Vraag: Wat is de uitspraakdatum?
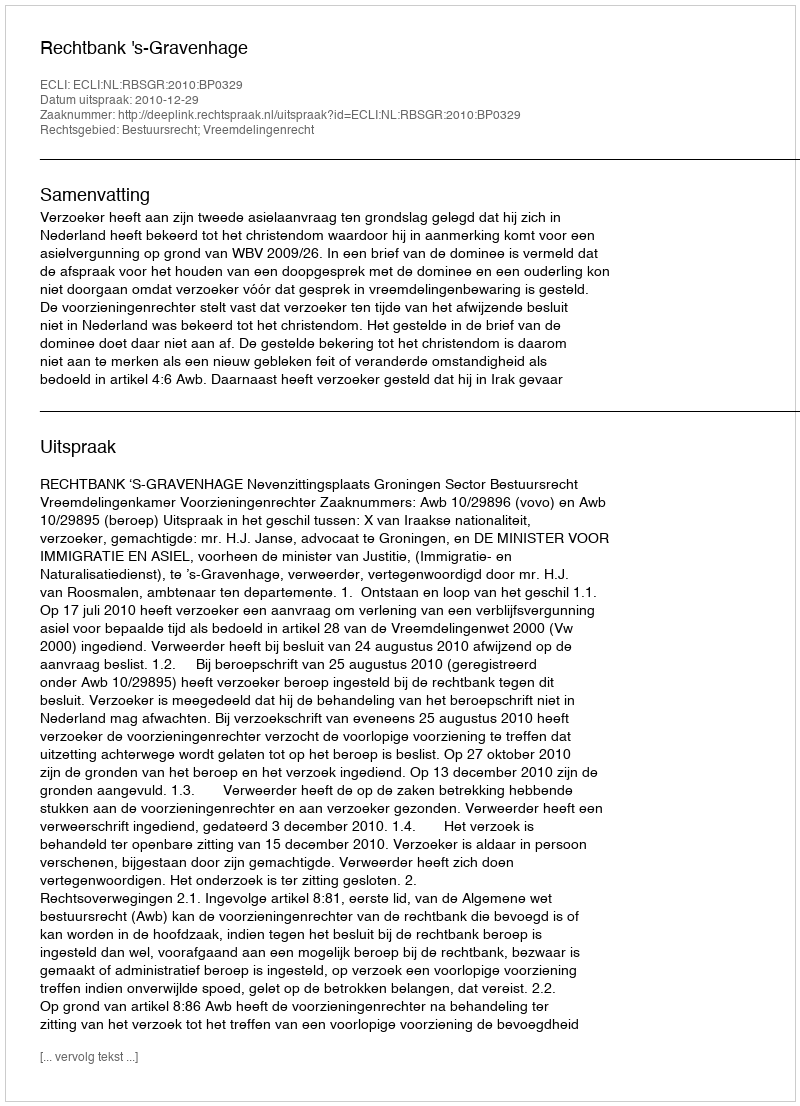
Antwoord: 2010-12-29